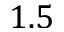
1 . 5